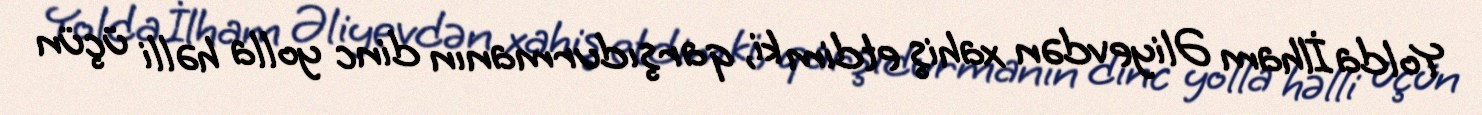
Yolda İlham Əliyevdən xahiş etdim ki, qarşıdurmanın dinc yolla həlli üçün